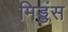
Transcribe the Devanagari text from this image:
मिड्डंस